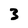
Character: 3